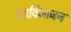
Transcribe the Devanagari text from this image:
देशविभाजन